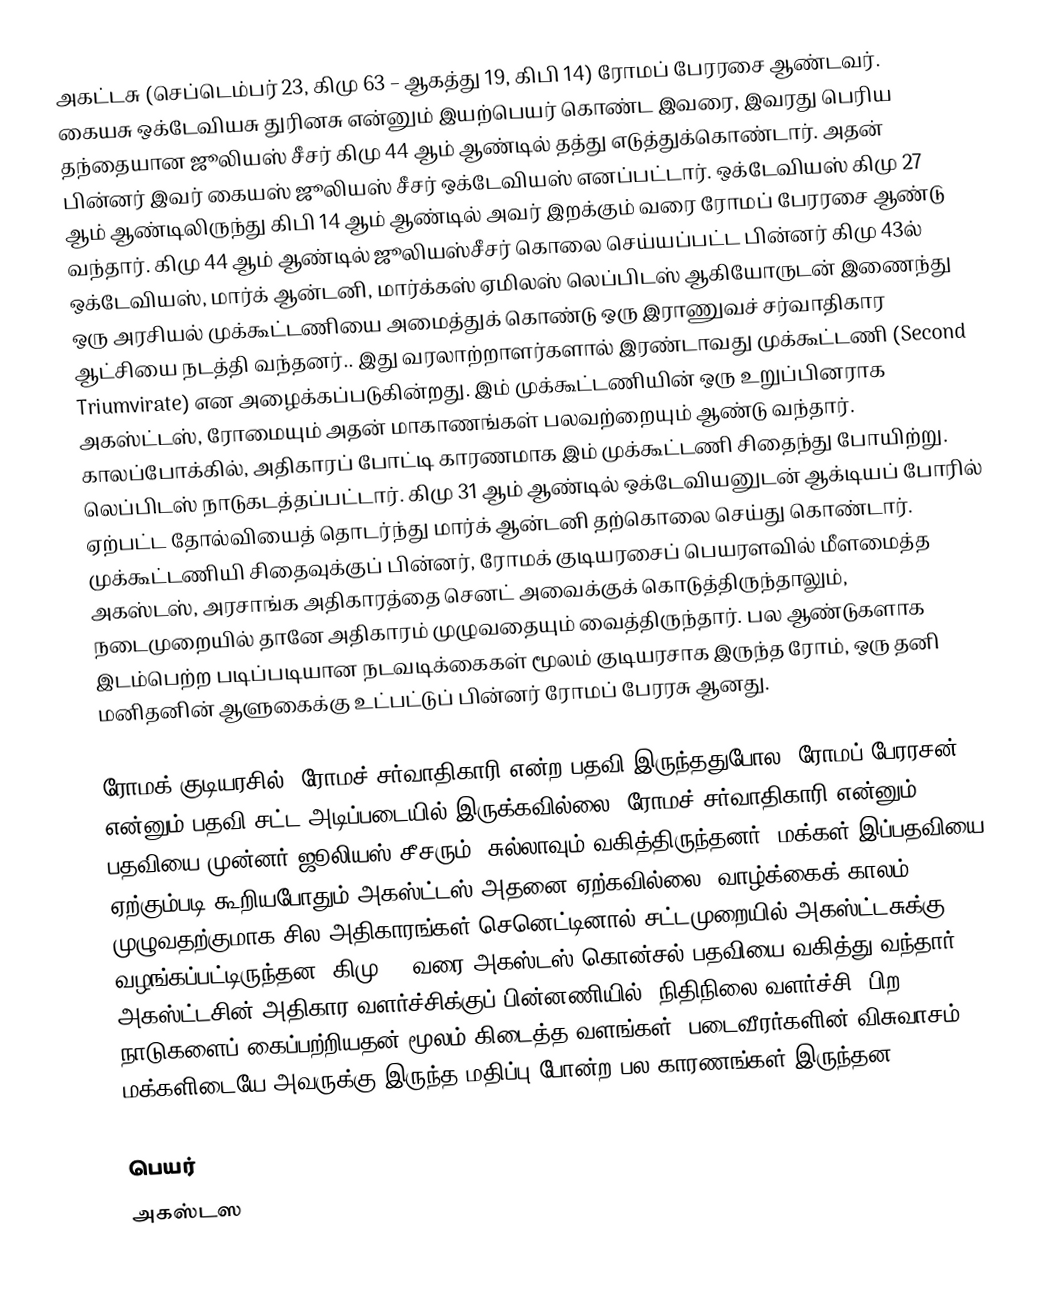
அகட்டசு (செப்டெம்பர் 23, கிமு 63 – ஆகத்து 19, கிபி 14) ரோமப் பேரரசை ஆண்டவர். கையசு ஒக்டேவியசு துரினசு என்னும் இயற்பெயர் கொண்ட இவரை, இவரது பெரிய தந்தையான ஜூலியஸ் சீசர் கிமு 44 ஆம் ஆண்டில் தத்து எடுத்துக்கொண்டார். அதன் பின்னர் இவர் கையஸ் ஜூலியஸ் சீசர் ஒக்டேவியஸ் எனப்பட்டார். ஒக்டேவியஸ் கிமு 27 ஆம் ஆண்டிலிருந்து கிபி 14 ஆம் ஆண்டில் அவர் இறக்கும் வரை ரோமப் பேரரசை ஆண்டு வந்தார். கிமு 44 ஆம் ஆண்டில் ஜூலியஸ்சீசர் கொலை செய்யப்பட்ட பின்னர் கிமு 43ல் ஒக்டேவியஸ், மார்க் ஆன்டனி, மார்க்கஸ் ஏமிலஸ் லெப்பிடஸ் ஆகியோருடன் இணைந்து ஒரு அரசியல் முக்கூட்டணியை அமைத்துக் கொண்டு ஒரு இராணுவச் சர்வாதிகார ஆட்சியை நடத்தி வந்தனர்.. இது வரலாற்றாளர்களால் இரண்டாவது முக்கூட்டணி (Second Triumvirate) என அழைக்கப்படுகின்றது. இம் முக்கூட்டணியின் ஒரு உறுப்பினராக அகஸ்ட்டஸ், ரோமையும் அதன் மாகாணங்கள் பலவற்றையும் ஆண்டு வந்தார். காலப்போக்கில், அதிகாரப் போட்டி காரணமாக இம் முக்கூட்டணி சிதைந்து போயிற்று. லெப்பிடஸ் நாடுகடத்தப்பட்டார். கிமு 31 ஆம் ஆண்டில் ஒக்டேவியனுடன் ஆக்டியப் போரில் ஏற்பட்ட தோல்வியைத் தொடர்ந்து மார்க் ஆன்டனி தற்கொலை செய்து கொண்டார். முக்கூட்டணியி சிதைவுக்குப் பின்னர், ரோமக் குடியரசைப் பெயரளவில் மீளமைத்த அகஸ்டஸ், அரசாங்க அதிகாரத்தை செனட் அவைக்குக் கொடுத்திருந்தாலும், நடைமுறையில் தானே அதிகாரம் முழுவதையும் வைத்திருந்தார். பல ஆண்டுகளாக இடம்பெற்ற படிப்படியான நடவடிக்கைகள் மூலம் குடியரசாக இருந்த ரோம், ஒரு தனி மனிதனின் ஆளுகைக்கு உட்பட்டுப் பின்னர் ரோமப் பேரரசு ஆனது.

ரோமக் குடியரசில், ரோமச் சர்வாதிகாரி என்ற பதவி இருந்ததுபோல, ரோமப் பேரரசன் என்னும் பதவி சட்ட அடிப்படையில் இருக்கவில்லை. ரோமச் சர்வாதிகாரி என்னும் பதவியை முன்னர் ஜூலியஸ் சீசரும், சுல்லாவும் வகித்திருந்தனர். மக்கள் இப்பதவியை ஏற்கும்படி கூறியபோதும் அகஸ்ட்டஸ் அதனை ஏற்கவில்லை. வாழ்க்கைக் காலம் முழுவதற்குமாக சில அதிகாரங்கள் செனெட்டினால் சட்டமுறையில் அகஸ்ட்டசுக்கு வழங்கப்பட்டிருந்தன. கிமு 23 வரை அகஸ்டஸ் கொன்சல் பதவியை வகித்து வந்தார். அகஸ்ட்டசின் அதிகார வளர்ச்சிக்குப் பின்னணியில், நிதிநிலை வளர்ச்சி, பிற நாடுகளைப் கைப்பற்றியதன் மூலம் கிடைத்த வளங்கள், படைவீரர்களின் விசுவாசம், மக்களிடையே அவருக்கு இருந்த மதிப்பு போன்ற பல காரணங்கள் இருந்தன.

பெயர்
அகஸ்டஸ